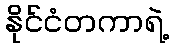
နိုင်ငံတကာရဲ့